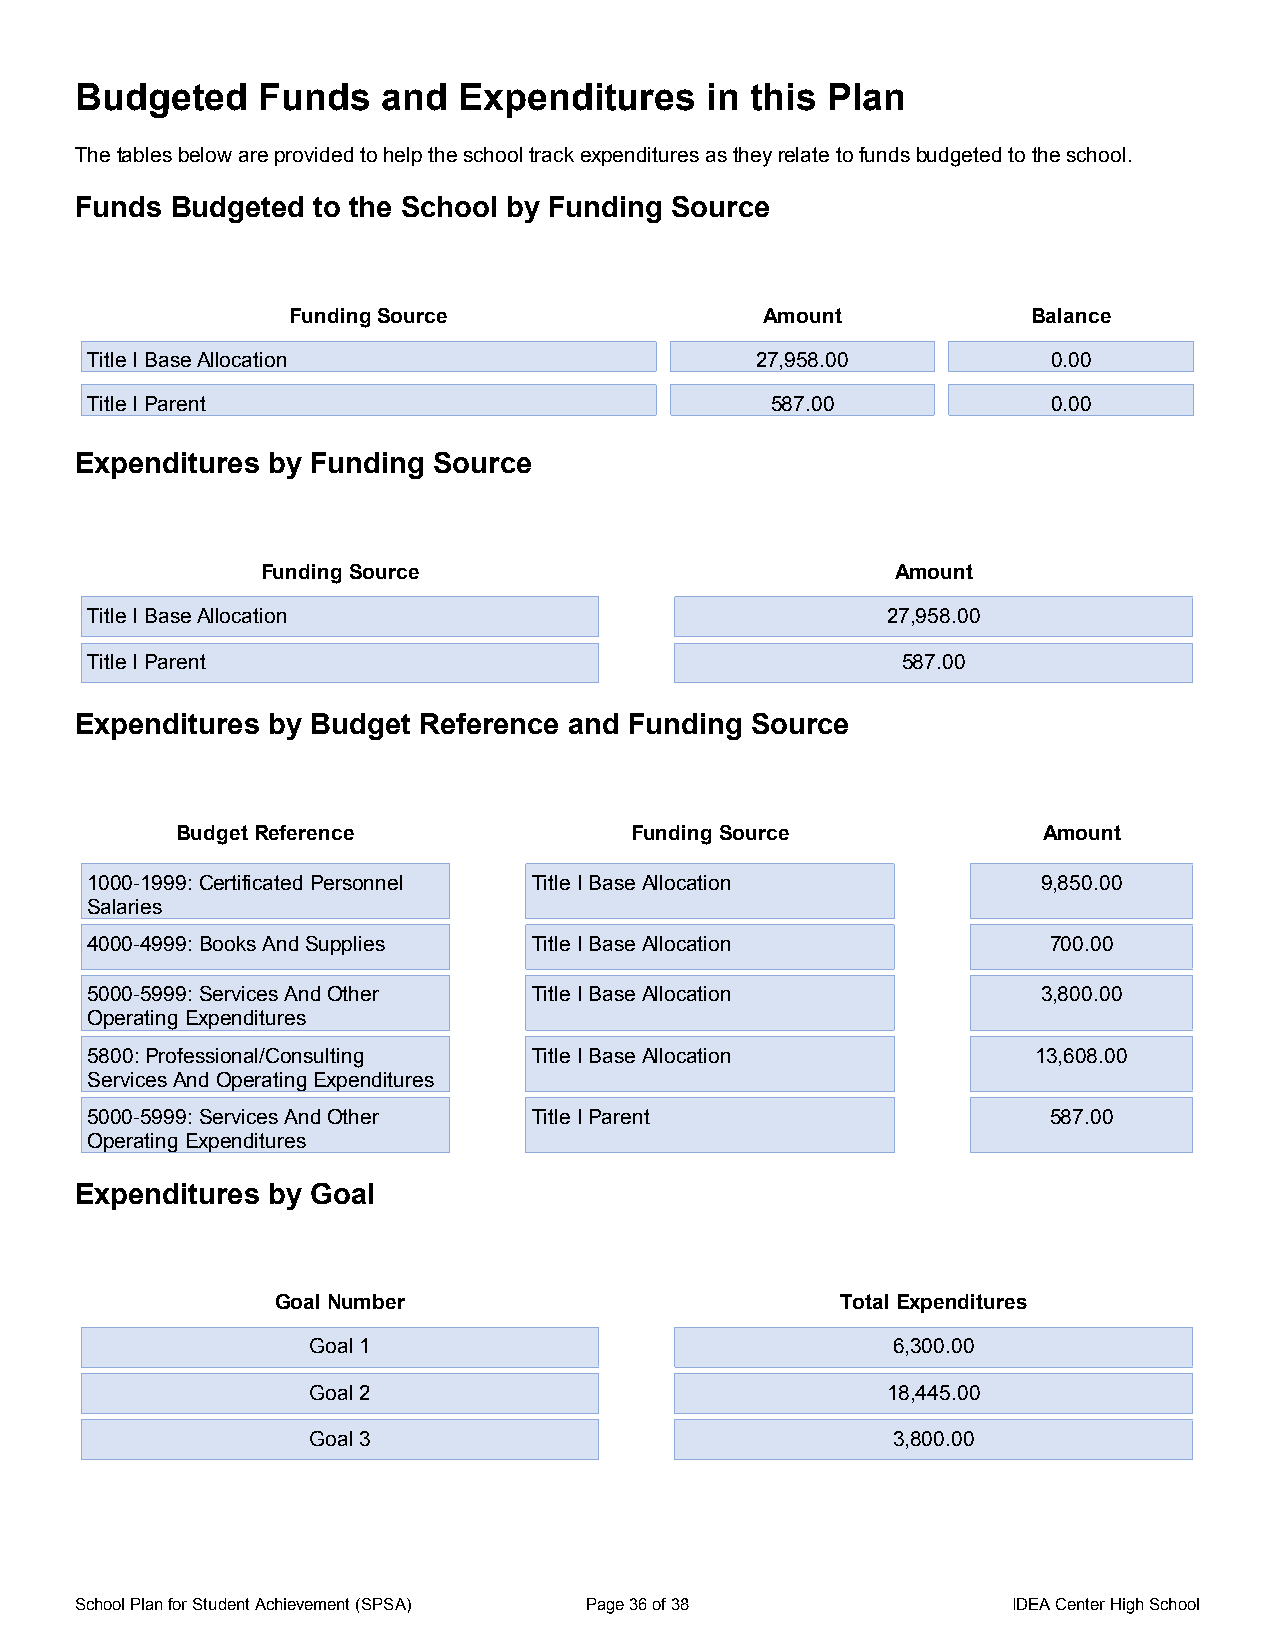
Budgeted    Funds   and  Expenditures     in this Plan
 The tables below are provided to help the school track expenditures as they relate to funds budgeted to the school.
 Funds Budgeted  to the School by Funding Source
 startcollapse
 Funding Source                  Amount           Balance
 Title I Base Allocation                     27,958.00           0.00
 Title I Parent                               587.00             0.00
 Expenditures by Funding Source
 startcollapse
 Funding Source                            Amount
 Title I Base Allocation                              27,958.00
 Title I Parent                                        587.00
 Expenditures by Budget Reference and Funding Source
 startcollapse
 Budget Reference              Funding Source             Amount
 1000-1999: Certificated Personnel Title I Base Allocation      9,850.00
 Salaries
 4000-4999: Books And Supplies Title I Base Allocation          700.00
 5000-5999: Services And Other Title I Base Allocation          3,800.00
 Operating Expenditures
 5800: Professional/Consulting Title I Base Allocation          13,608.00
 Services And Operating Expenditures
 5000-5999: Services And Other Title I Parent                   587.00
 Operating Expenditures
 Expenditures by Goal
 startcollapse
 Goal Number                           Total Expenditures
 Goal 1                                 6,300.00
 Goal 2                                 18,445.00
 Goal 3                                 3,800.00
 School Plan for Student Achievement (SPSA) Page 36 of 38      IDEA Center High School